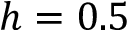
h = 0 . 5